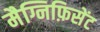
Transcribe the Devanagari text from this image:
मैग्निफ़िसेंट